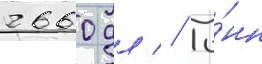
2660 дл // То́нн